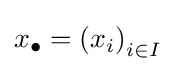
x_{\bullet }=\left(x_{i}\right)_{i\in I}